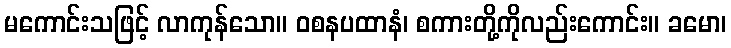
မကောင်းသဖြင့် လာကုန်သော။ ဝစနပထာနံ၊ စကားတို့ကိုလည်းကောင်း။ ခမော၊